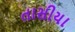
તાસીયા